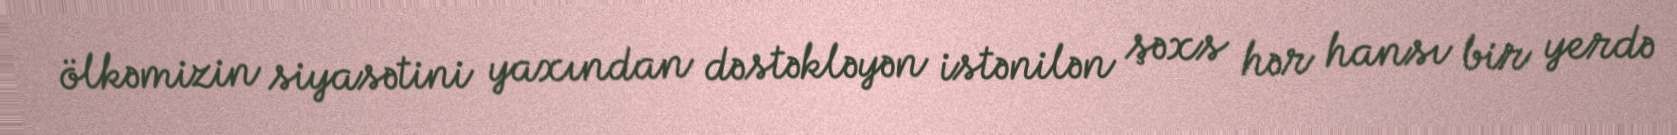
ölkəmizin siyasətini yaxından dəstəkləyən istənilən şəxs hər hansı bir yerdə